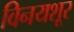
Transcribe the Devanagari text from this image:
विनयशूर